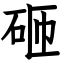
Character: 砸